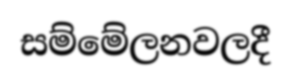
සම්මේලනවලදී